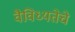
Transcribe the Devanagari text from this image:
वैविध्यतेचे